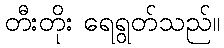
တီးတိုး ရေရွတ်သည်။